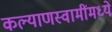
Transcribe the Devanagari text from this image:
कल्याणस्वामींमध्ये